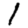
Digit: 1